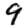
Digit: 9